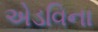
એડવિના